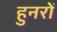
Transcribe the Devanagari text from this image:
हुनरों